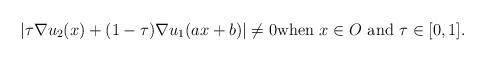
LaTeX: \begin{align*} | \tau \nabla u_2 (x) + ( 1 - \tau ) \nabla u_1 (ax + b) | \not = 0 \mbox{when} \, \, x \in O\, \, \mbox{and}\, \, \tau \in [0, 1]. \end{align*}